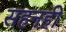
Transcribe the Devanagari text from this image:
सहनही